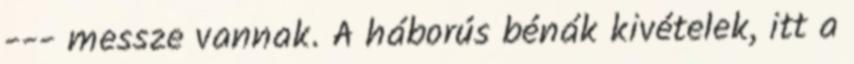
--- messze vannak. A háborús bénák kivételek, itt a